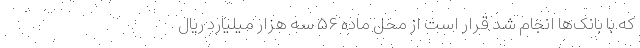
که با بانک‌ها انجام شد قرار است از محل ماده ۵۶ سه هزار میلیارد ریال